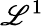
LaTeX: \mathscr{L}^{1}